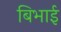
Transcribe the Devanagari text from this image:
बिभाई